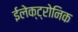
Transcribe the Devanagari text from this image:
ईलेक्ट्रोनिक